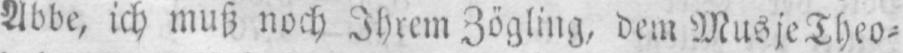
Abbe, ich muß noch Ihrem Zögling, dem Musie Theo⸗